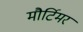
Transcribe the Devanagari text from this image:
मौर्टिमर